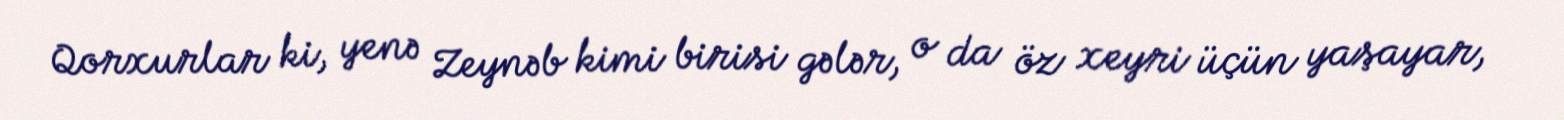
Qorxurlar ki, yenə Zeynəb kimi birisi gələr, o da öz xeyri üçün yaşayar,